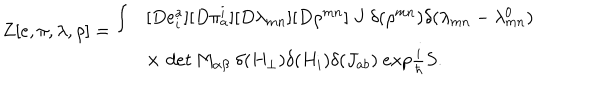
\begin{array} { l l } { { \begin{array} { l } { { Z [ e , \pi , \lambda , \rho ] = } } \\ \end{array} \int } } & { { [ D e _ { i } ^ { a } ] [ D \pi _ { a } ^ { i } ] [ D \lambda _ { m n } ] [ D \rho ^ { m n } ] \ J \ \delta ( \rho ^ { m n } ) \delta ( \lambda _ { m n } - \lambda _ { m n } ^ { 0 } ) } } \\ { { } } & { { \times \, \, d e t \, M _ { \alpha \beta } \ \delta ( H _ { \perp } ) \delta ( H _ { i } ) \delta ( J _ { a b } ) \ e x p \frac { i } { \hbar } S . } } \\ \end{array}